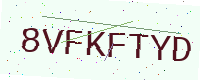
Text: 8VFKFTYD